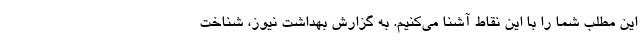
این مطلب شما را با این نقاط آشنا می‌کنیم. به گزارش بهداشت نیوز، شناخت